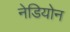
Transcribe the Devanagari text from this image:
नेडियोन